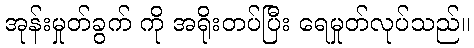
အုန်းမှုတ်ခွက် ကို အရိုးတပ်ပြီး ရေမှုတ်လုပ်သည်။